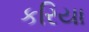
કરિયા